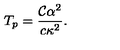
T _ { p } = { \frac { { \mathcal { C } } \alpha ^ { 2 } } { c \kappa ^ { 2 } } } .